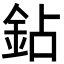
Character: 鉆